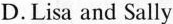
D.Lisa and Sally